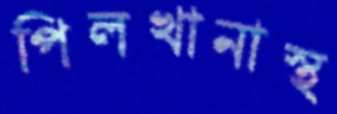
পিলখানাস্থ